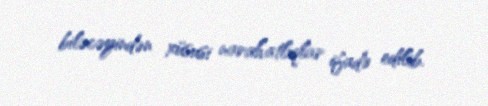
biləcəyindən xüsusi narahatlıqlar ifadə edilib.